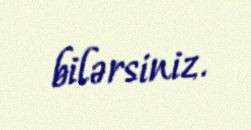
bilərsiniz.